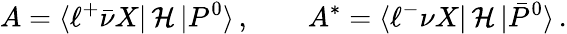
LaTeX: A=\langle\ell^{+}\bar{\nu}X|\, {\cal H}\, |P^{0}\rangle\, ,\qquad A^{*}=\langle\ell^{-}\nu X|\, {\cal H}\, |\bar{P}^{0}\rangle\, .